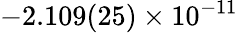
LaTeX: -2.109(25)\times 10^{-11}